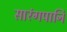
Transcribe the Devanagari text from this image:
सारंगपानि